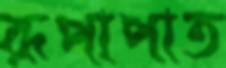
রূপাপাত